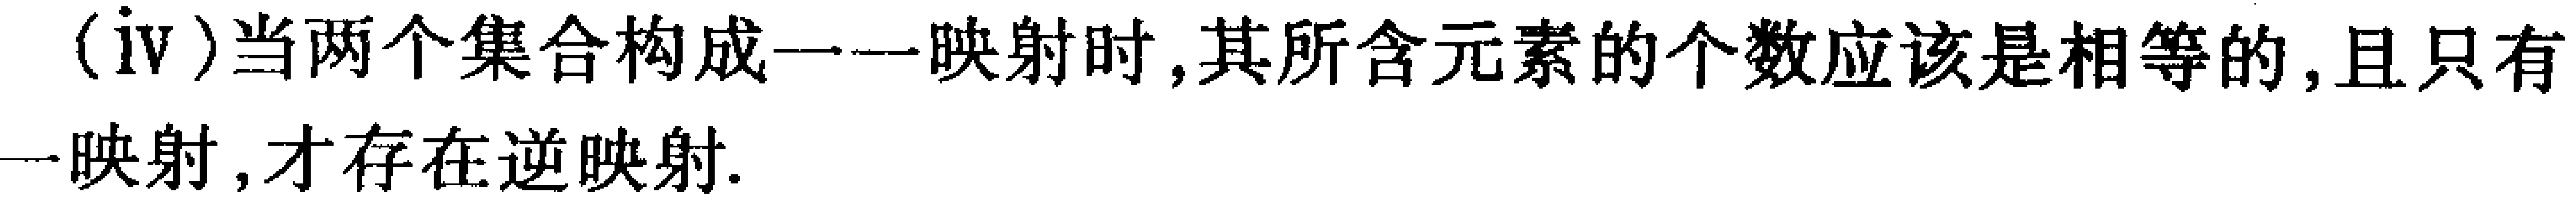
(iv)当两个集合构成一一映射时,其所含元素的个数应该是相等的,且只有一一映射,才存在逆映射.